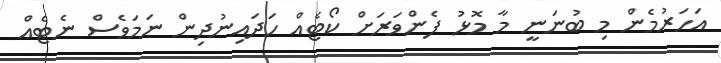
އަހަރުމެން މި ބުނަނީ މާ މޮޅު ފެންވަރަށް ކޯޓެއް ހަދައިނުދިން ނަމަވެސް ނެޓެއް